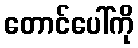
တောင်ပေါ်ကို